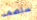
ستصمد